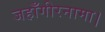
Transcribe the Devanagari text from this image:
जहाँगीरनामा।